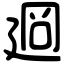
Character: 𢌡